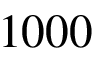
1 0 0 0